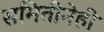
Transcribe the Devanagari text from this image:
समितीनेही